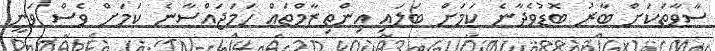
ސާވާތަކަށް ބާރު ބޮޑުވެދާނެ ކަމަށް ބަލައި އިންތިޒާމްތައް ހަމަޖައްސާނެ ކަމަށް ވެސް ވަނީ